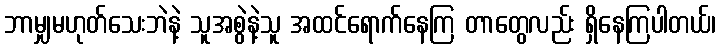
ဘာမျှမဟုတ်သေးဘဲနဲ့ သူအစွဲနဲ့သူ အထင်ရောက်နေကြ တာတွေလည်း ရှိနေကြပါတယ်၊